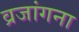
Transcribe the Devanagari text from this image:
व्रजांगना